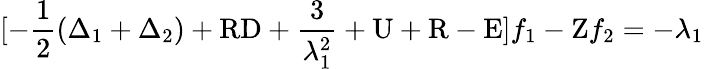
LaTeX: [-\frac{1}{2}(\Delta_{1}+\Delta_{2})+\mathrm{RD}+\frac{3}{\lambda_{1}^{2}}+\mathrm{U}+\mathrm{R}-\mathrm{E}]f_{1}-\mathrm{Z}f_{2}=-\lambda_{1}